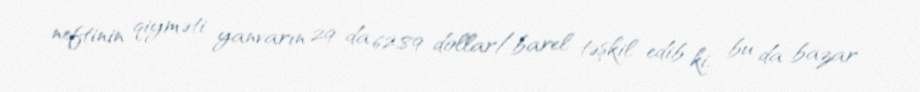
neftinin qiyməti yanvarın 29-da 62,89 dollar/barel təşkil edib ki, bu da bazar